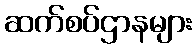
ဆက်စပ်ဌာနများ